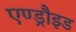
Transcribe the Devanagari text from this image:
एण्ड्रौइड